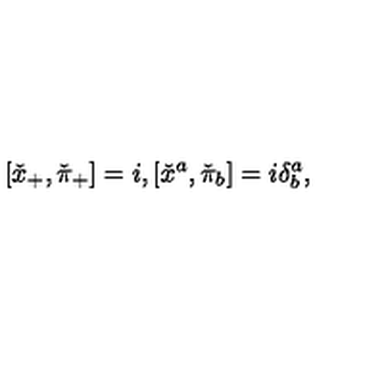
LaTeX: [ \check { x } _ { + } , \check { \pi } _ { + } ] = i , [ \check { x } ^ { a } , \check { \pi } _ { b } ] = i \delta _ { b } ^ { a } ,